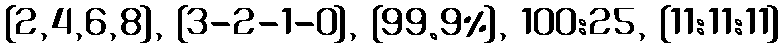
[2,4,6,8], {3-2-1-0}, [99.9%], 100:25, {11:11:11}